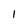
Character: 1